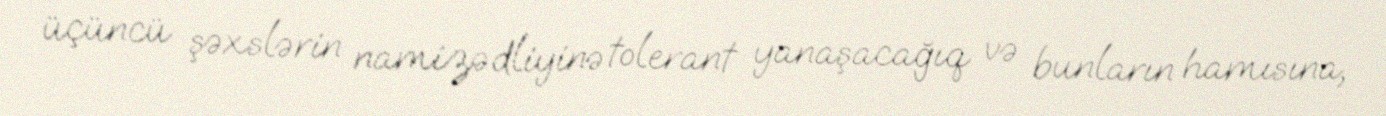
üçüncü şəxslərin namizədliyinə tolerant yanaşacağıq və bunların hamısına,